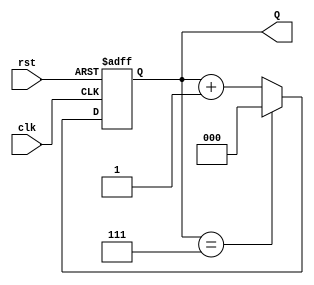
module binary_up_counter #(
    parameter N = 3 // Number of bits for the counter, default is 3 bits
) (
    input wire clk,         // Clock input
    input wire rst,         // Asynchronous reset input
    output reg [N-1:0] Q    // Counter output
);

// Always block triggered on the clock's rising edge
always @(posedge clk or posedge rst) begin
    if (rst) begin
        Q <= 0; // Reset the counter to 0
    end else begin
        if (Q == (1 << N) - 1) begin
            Q <= 0; // Wrap around when reaching maximum value
        end else begin
            Q <= Q + 1; // Increment the counter
        end
    end
end

endmodule